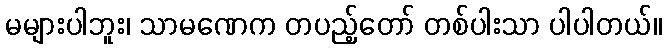
မများပါဘူး၊ သာမဏေက တပည့်တော် တစ်ပါးသာ ပါပါတယ်။